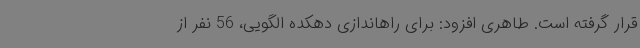
قرار گرفته است. طاهری افزود: برای راهاندازی دهکده الگویی، 56 نفر از